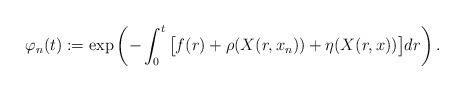
LaTeX: \begin{align*}\varphi_n(t):=\exp\left(-\int_0^t \big[f(r)+\rho(X(r,x_n))+\eta(X(r,x))\big]dr \right).\end{align*}